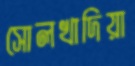
সোলখাদিয়া